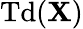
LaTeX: \operatorname{Td}(\mathbf{X})